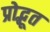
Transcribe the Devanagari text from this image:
प्रोद्भूत